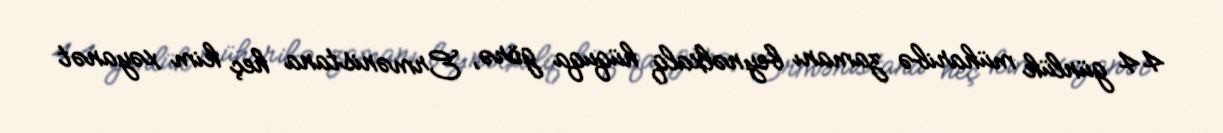
44 günlük müharibə zamanı beynəlxalq hüquqa görə, Ermənistana heç kim xəyanət